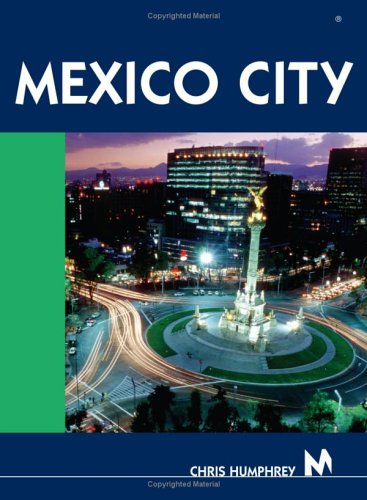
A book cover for Moon Handbooks Mexico City; Christopher Humphrey; Travel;